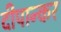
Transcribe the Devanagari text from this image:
दीपान्कर